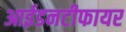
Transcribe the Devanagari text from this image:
आईडनटीफायर